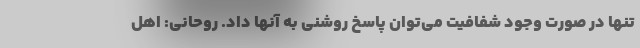
تنها در صورت وجود شفافیت می‌توان پاسخ روشنی به آنها داد. روحانی: اهل